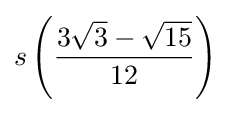
s\left({\dfrac {3{\sqrt {3}}-{\sqrt {15}}}{12}}\right)